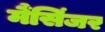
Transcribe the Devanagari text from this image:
मैंसिंजर